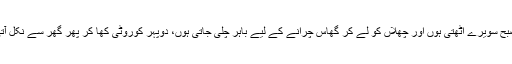
میں صبح سویرے اُٹھتی ہُوں اور چھلاں کو لے کر گھاس چرانے کے لیے باہر چلی جاتی ہوں، دوپہر کوروٹی کھا کر پھر گھر سے نکل آتی ہوں۔